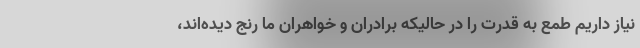
نیاز داریم طمع به قدرت را در حالیکه برادران و خواهران ما رنج دیده‌اند،